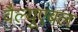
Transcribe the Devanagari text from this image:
वैल्यूएबल